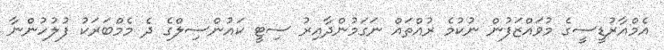
އެމްއާރުޑީސީގެ މުވައްޒަފުން ނުކުމެ ރުއްތައް ނަގަމުންދާއިރު ސިޓީ ކައުންސިލްގެ ދެ މެމްބަރަކު ފުލުހުންނާ